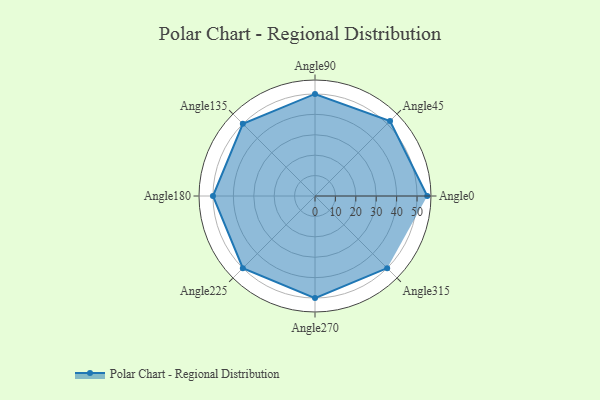
{"axis": {"x": "Angle", "y": "Radius"}, "legend": [""], "data": [{"x": "Angle0", "y": 55.0, "type": ""}, {"x": "Angle45", "y": 52.0, "type": ""}, {"x": "Angle90", "y": 50, "type": ""}, {"x": "Angle135", "y": 50, "type": ""}, {"x": "Angle180", "y": 50, "type": ""}, {"x": "Angle225", "y": 50, "type": ""}, {"x": "Angle270", "y": 50, "type": ""}, {"x": "Angle315", "y": 50, "type": ""}]}